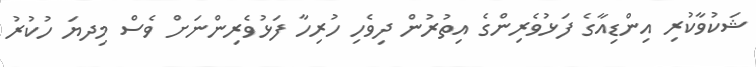
ޝަކުވާކުރި އިންޑިއާގެ ފަޅުވެރިންގެ އިތުރުން ދިވެހި ހުރިހާ ފަޅުވެރިންނަށް ވެސް މިދޔަ ހުކުރު